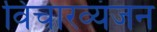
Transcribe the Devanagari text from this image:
विचारव्यंजन